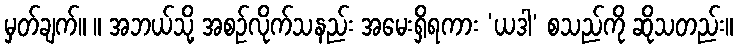
မှတ်ချက်။ ။ အဘယ်သို့ အစဉ်လိုက်သနည်း အမေးရှိရကား ‘ယဒါ’ စသည်ကို ဆိုသတည်း။